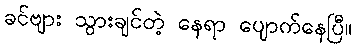
ခင်ဗျား သွားချင်တဲ့ နေရာ ပျောက်နေပြီ။